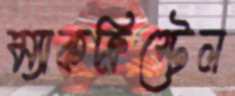
ম্যাকক্রিস্টেল